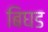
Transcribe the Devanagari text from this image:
बिघड